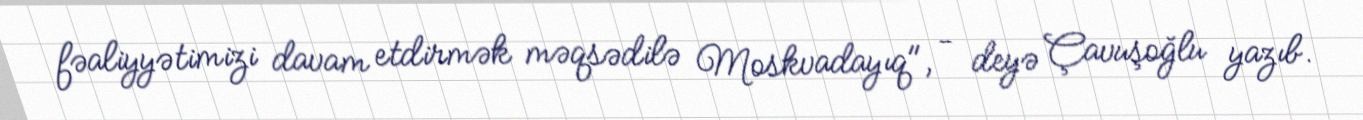
fəaliyyətimizi davam etdirmək məqsədilə Moskvadayıq", - deyə Çavuşoğlu yazıb.